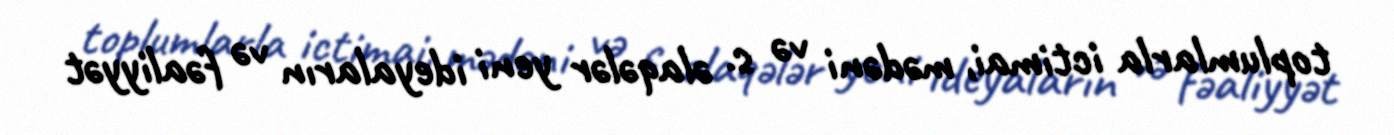
toplumlarla ictimai, mədəni və s. əlaqələr yeni ideyaların və fəaliyyət